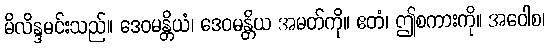
မိလိန္ဒမင်းသည်။ ဒေဝမန္တိယံ၊ ဒေဝမန္တိယ အမတ်ကို။ ဧတံ၊ ဤစကားကို။ အဝေါစ၊